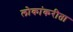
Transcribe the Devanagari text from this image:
लोकांकरीता